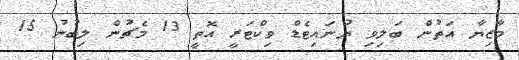
މާޒިޔާ އަތުން ބަލިވި ޔުނައިޓެޑް ވިކްޓަރީ އޮތީ 13 މެޗުން ލިބުނު 15